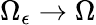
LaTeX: \Omega_{\epsilon}\rightarrow\Omega